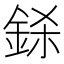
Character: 𨦅